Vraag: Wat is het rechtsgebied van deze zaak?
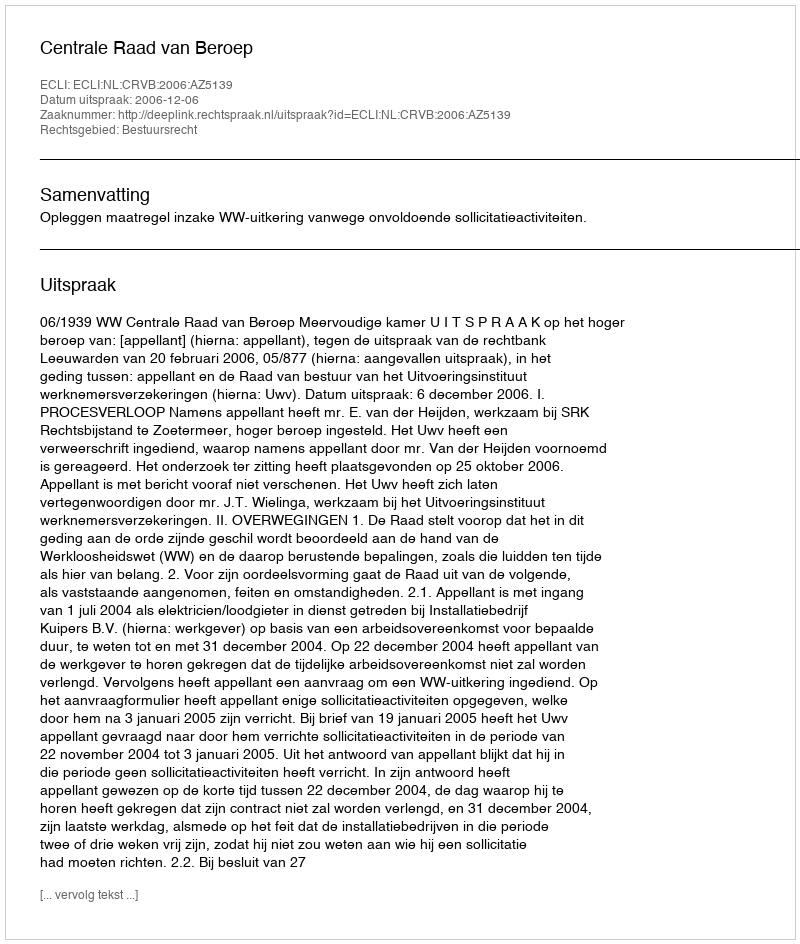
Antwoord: Bestuursrecht